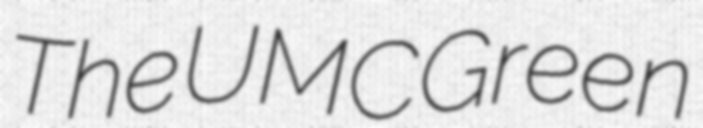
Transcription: The UMC Green